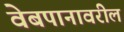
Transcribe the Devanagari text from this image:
वेबपानावरील